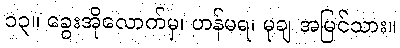
၁၃။ ခွေးအိုလောက်မှ၊ ဟန်မရ၊ မုချ အမြင်သား။